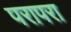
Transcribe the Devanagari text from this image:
परापरा